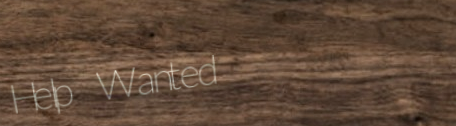
Help Wanted